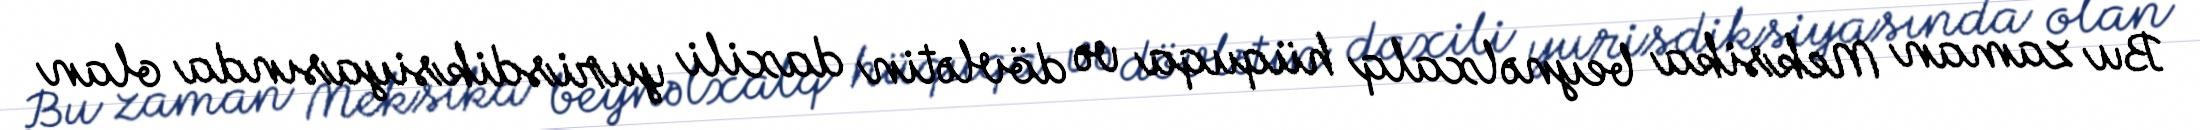
Bu zaman Meksika beynəlxalq hüquqa və dövlətin daxili yurisdiksiyasında olan